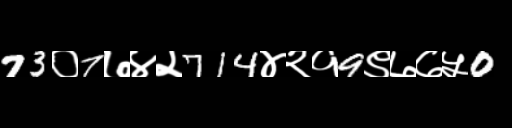
Text: 73०7७४२714४२१9९७७५0